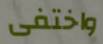
واختفى